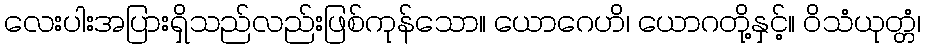
လေးပါးအပြားရှိသည်လည်းဖြစ်ကုန်သော။ ယောဂေဟိ၊ ယောဂတို့နှင့်။ ဝိသံယုတ္တံ၊